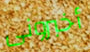
أخبرونى